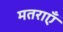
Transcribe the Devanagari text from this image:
मतराएँ